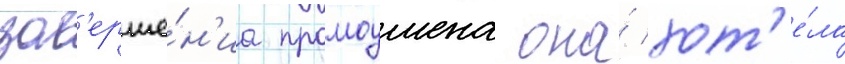
зав'ерше́н'иа промоушена она́ хот'е́ла